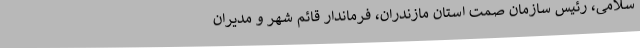
سلامی، رئیس سازمان صمت استان مازندران، فرماندار قائم شهر و مدیران